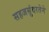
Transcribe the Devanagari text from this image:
सहजसुंदरतेने